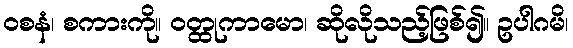
ဝစနံ၊ စကားကို။ ဝတ္ထုကာမော၊ ဆိုလိုသည့်ဖြစ်၍။ ဥပါဂမိ၊